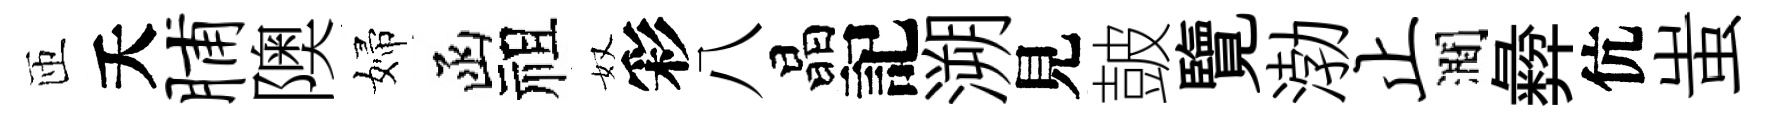
匝夭脯隩婦函祖奴彩八晶記溯見皷覽渤止澗彜伉蚩